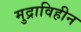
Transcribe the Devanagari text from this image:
मुद्राविहीन